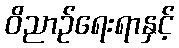
ဝိညာဉ်ရေးရာနှင့်